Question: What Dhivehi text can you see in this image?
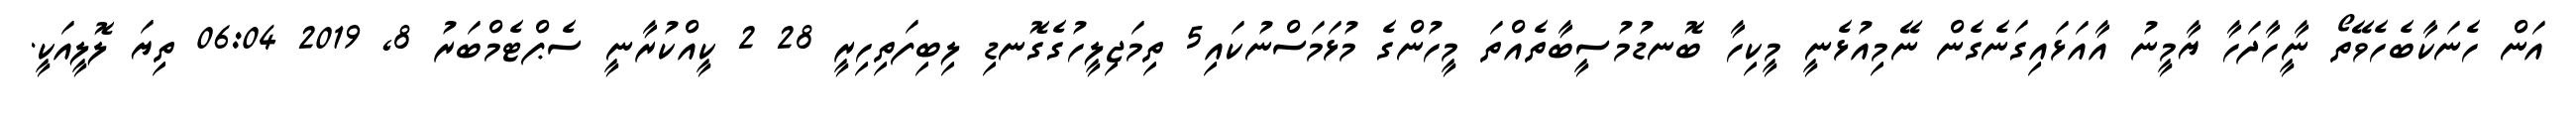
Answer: އަން ހެނަކާބެހެވޭތޯ ނީާހާދަހާ ޔާމީނު އާއަޅައިގަނެގެން ނޭމިއުޅެނީ މީކިހާ ބޮނޑުމުސީބާތެއްތަ މީހުންގެ މުޅަމަސްނުކައި5 ތިމަޖިލީހުގެގޮނޑި ލިބިފަތިހިރީ 28 2 ކީއްކުރާނީ ސެޕްޓެމްބަރު 8, 2019 06:04 ތިޔަ ލޮލީއަކީ.